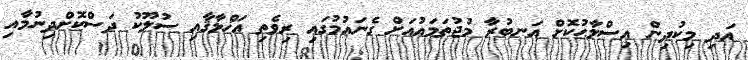
އަދި މިކުދިން އިސްލާޙުކޮށް އަނބުރާ މުޖުތަމައުއަށް ގެނައުމުގައި ރިވެތި އަޚްލާޤާއި ސުލޫކު ދަސްކޮށްދިނުމާއި